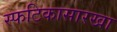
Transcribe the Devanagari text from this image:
स्फटिकासारखा